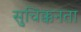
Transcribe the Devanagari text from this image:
सुचिक्कनता